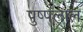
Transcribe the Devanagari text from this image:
पुष्पलाल